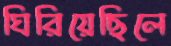
ঘিরিয়েছিলে